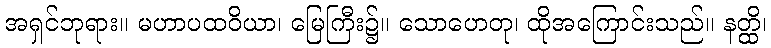
အရှင်ဘုရား။ မဟာပထဝိယာ၊ မြေကြီး၌။ သောဟေတု၊ ထိုအကြောင်းသည်။ နတ္ထိ၊